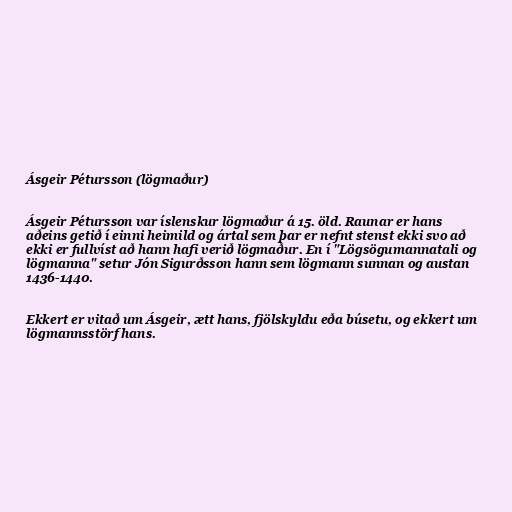
Ásgeir Pétursson (lögmaður)

Ásgeir Pétursson var íslenskur lögmaður á 15. öld. Raunar er hans
aðeins getið í einni heimild og ártal sem þar er nefnt stenst ekki svo að
ekki er fullvíst að hann hafi verið lögmaður. En í "Lögsögumannatali og
lögmanna" setur Jón Sigurðsson hann sem lögmann sunnan og austan
1436-1440.

Ekkert er vitað um Ásgeir, ætt hans, fjölskyldu eða búsetu, og ekkert um
lögmannsstörf hans.